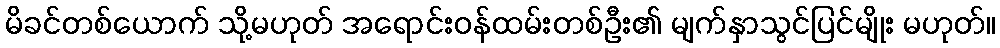
မိခင်တစ်ယောက် သို့မဟုတ် အရောင်းဝန်ထမ်းတစ်ဦး၏ မျက်နှာသွင်ပြင်မျိုး မဟုတ်။